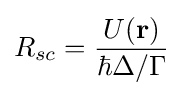
R_{sc}={\frac {U(\mathbf {r} )}{\hbar \Delta /\Gamma }}